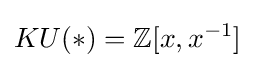
KU(*)=\mathbb {Z} [x,x^{-1}]